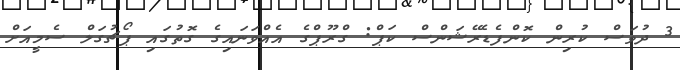
3 ދުވަަސް ކުރިން ކޮންފެޑެރޭޝަންސް ކަޕް: ގްރޫޕްގެ އެއްވަނައިގެ ގޮތުގައި ޕޯޗުގަލް ސެމީއަށް